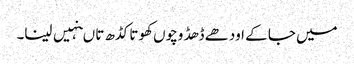
میں جا کے اودھے ڈھڈ وچوں کھوتا کڈھ تا ںنہیں لینا۔